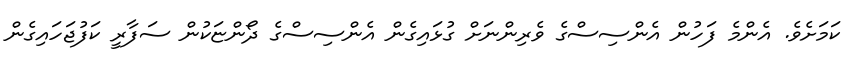
ކަމަށެވެ. އެންމެ ފަހުން އެންސިސްގެ ވެރިންނަށް ގުޅައިގެން އެންސިސްގެ ދޯންޏަކުން ސަފާރީ ކަފުޖަހައިގެން